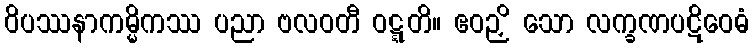
ဝိပဿနာကမ္မိကဿ ပညာ ဗလဝတီ ဝဋ္ဋတိ။ ဧဝဉှိ သော လက္ခဏပဋိဝေဓံ